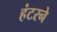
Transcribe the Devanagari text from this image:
हंटरने